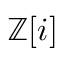
\mathbb { Z } [ i ]